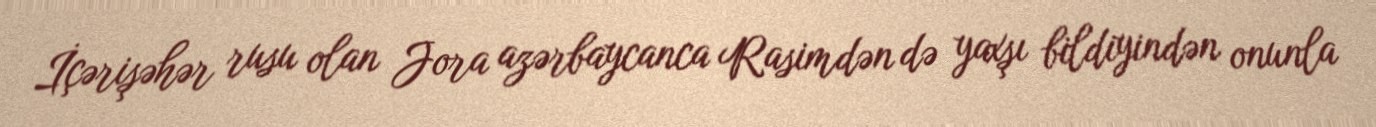
İçərişəhər rusu olan Jora azərbaycanca Rasimdən də yaxşı bildiyindən onunla